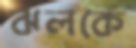
ঝলকে